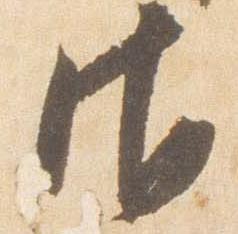
御